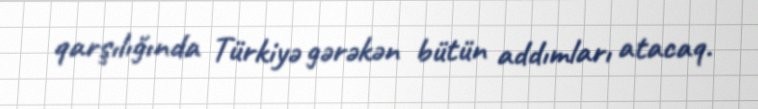
qarşılığında Türkiyə gərəkən bütün addımları atacaq.